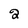
Character: 2